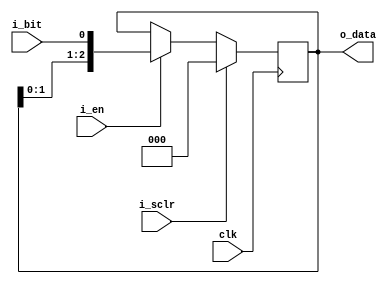
`ifndef _bshift_reg_en
`define _bshift_reg_en

module bshift_reg_en #(
  parameter COUNT = 3
) (
  input wire clk, i_sclr, i_en, i_bit,
  output wire [COUNT-1:0] o_data
);

  reg [COUNT-1:0] s_data;

  // equal to flopr*COUNT
  always @(posedge clk)
  begin
    if (i_sclr) begin
      s_data <= {COUNT{1'b0}};
    end else if (i_en) begin
      s_data <= {s_data[COUNT-2:0], i_bit};
    end
  end

  assign o_data = s_data;
endmodule

`endif